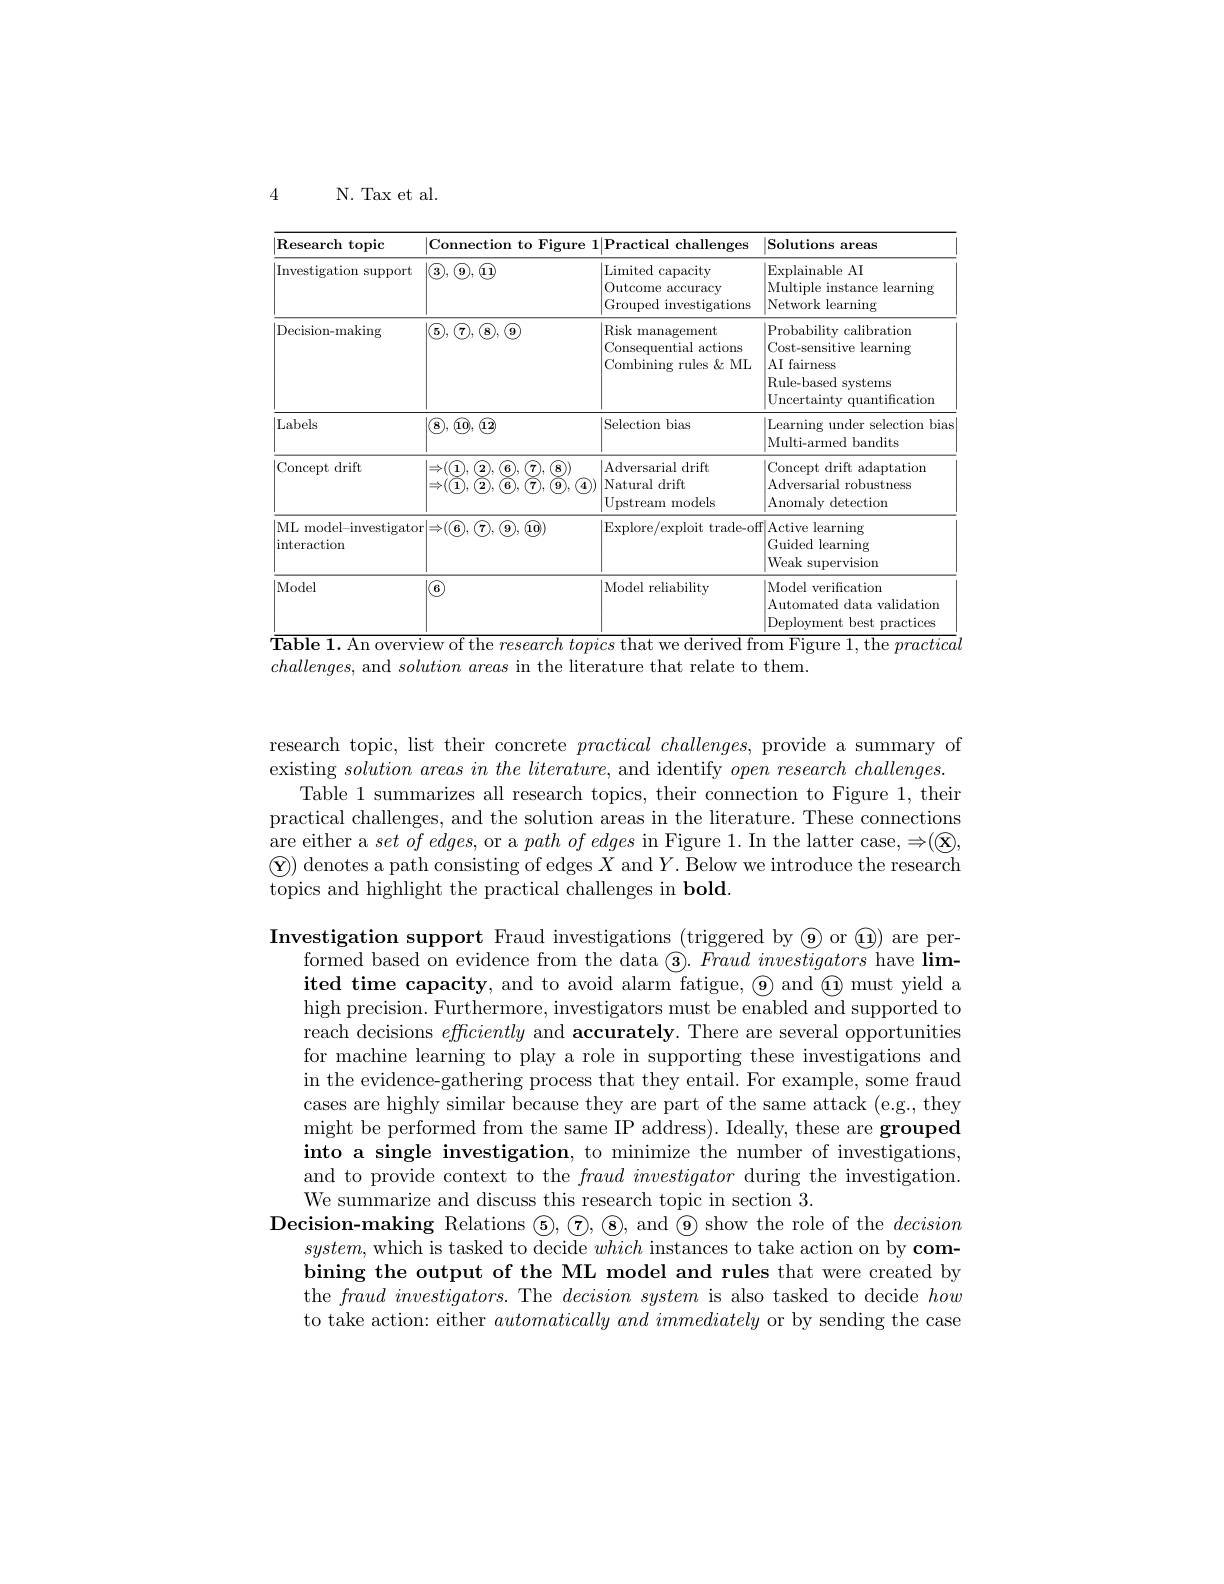
4

N. Tax et al.

<table>
	<tbody>
		<tr>
			<th rowspan="2">${\mathrm{Research~topic}}$ Investigation support</th>
			<th colspan="2">Connection to Figure 1|Practical challenges</th>
			<th rowspan="2">Solutions areas Explainable AI Multiple instance learning 21 Network learning</th>
		</tr>
		<tr>
			<th>$\textcircled{3},\textcircled{9},\textcircled{1}$</th>
			<th>Limited capacity Outcome accuracy Grouped investigations</th>
		</tr>
		<tr>
			<td>Decision-making</td>
			<td>$|\textcircled{5},\textcircled{7},\textcircled{8},\textcircled{9}$</td>
			<td>Risk management Consequential actions Combining rules $\&$ML</td>
			<td>Probability calibration Cost-sensitive learning AI fairness Rule-based systems Uncertainty quantification</td>
		</tr>
		<tr>
			<td>Labels</td>
			<td>$\textcircled{8},\textcircled{10},\textcircled{12}$</td>
			<td>Selection bias</td>
			<td>Learning under selection bias Multi- armed bandits</td>
		</tr>
		<tr>
			<td>Concept drift</td>
			<td>$\begin{array}{c}{{\mathrm{),}\textcircled{2},\textcircled{6},\textcircled{7},\textcircled{8})}}\\{{\mathrm{),}\textcircled{2},\textcircled{6},\textcircled{7},\textcircled{9},(}}\\\end{array}$ $\Rightarrow ( \mathbf{1} ) , \textcircled {1}$ $\Rightarrow(\tilde{\mathbf{1}}).$ T $\therefore\breve{7}.$ ${\textcircled{9}}$ $({\overline{4}});$ </td>
			<td>Adversarial drift Natural drift Upstream models</td>
			<td>Concept drift adaptation Adversarial robustness Anomaly detection</td>
		</tr>
		<tr>
			<td>ML model-investigator interaction</td>
			<td>$|{\Rightarrow}(\textcircled{6},\textcircled{7},\textcircled{9},\textcircled{10})$</td>
			<td>Explore/exploit trade-off</td>
			<td>Active learning Guided learning Weak supervision</td>
		</tr>
		<tr>
			<td>Model</td>
			<td>${\textcircled{6}}$</td>
			<td>Model reliability</td>
			<td>Model verification Automated data validation Deplovment best practices</td>
		</tr>
	</tbody>
</table>

$challenges$, and $solution\textit{ areas in the literature that relate to them}.$

research topic, list their concrete practical challenges, provide a summary of existing $solution\textit{ areas in the literature, and identify }open\textit{ research challenges. }$
Table 1 summarizes all research topics, their connection to Figure 1, their practical challenges, and the solution areas in the literature. These connections are either a $set\textit{of edges, or a path of edges in Figure 1. In the latter case, }\Rightarrow ( \textcircled {\mathbf{x} }$, $\textcircled{\mathrm{Y}})$ denotes a path consisting of edges $X$ and $Y.$ Below we introduce the research topics and highlight the practical challenges in bold

Investigation support Fraud investigations (triggered by ◉or $\textcircled{1})$ are per-
formed based on evidence from the data $\textcircled {3}. \textit{Fraud investigators have lim- }$ ited time capacity, and to avoid alarm fatigue, $\textcircled{9}$ and $\textcircled{1}$ must yield a high precision. Furthermore, investigators must be enabled and supported to reach decisions efficiently and accurately. There are several opportunities for machine learning to play a role in supporting these investigations and in the evidence-gathering process that they entail. For example, some fraud cases are highly similar because they are part of the same attack (e.g., they might be performed from the same IP address). Ideally, these are grouped into a single investigation, to minimize the number of investigations, and to provide context to the $fraud\textit{investigator during the investigation. }$ We summarize and discuss this research topic in section 3.
Decision- making Relations $\textcircled {5}, \textcircled {7}, \textcircled {8}$,and$\textcircled{9}$show the role of the decision
$system$, which is tasked to $\bar\text{decide }w\bar{h}ich$ instances to take action on by combining the output of the ML model and rules that were created by the $fraud\textit{ investigators. The }decision\textit{ system is also tasked to decide }how$ to take action: either automaticallyandimmediately or by sending the case